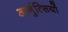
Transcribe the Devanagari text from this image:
आनुंत्सियों